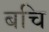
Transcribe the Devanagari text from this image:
बचि